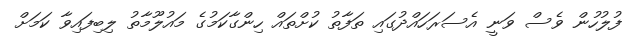
ފުލުހުން ވެސް ވަނީ އެސަރަހައްދުގައި ތަފާތު ކުށްތައް ހިންގާކަމުގެ މައުލޫމާތު ލިބިފައިވާ ކަމަށް